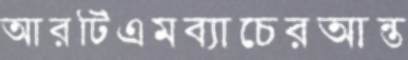
আরটিএমব্যাচেরআন্ত